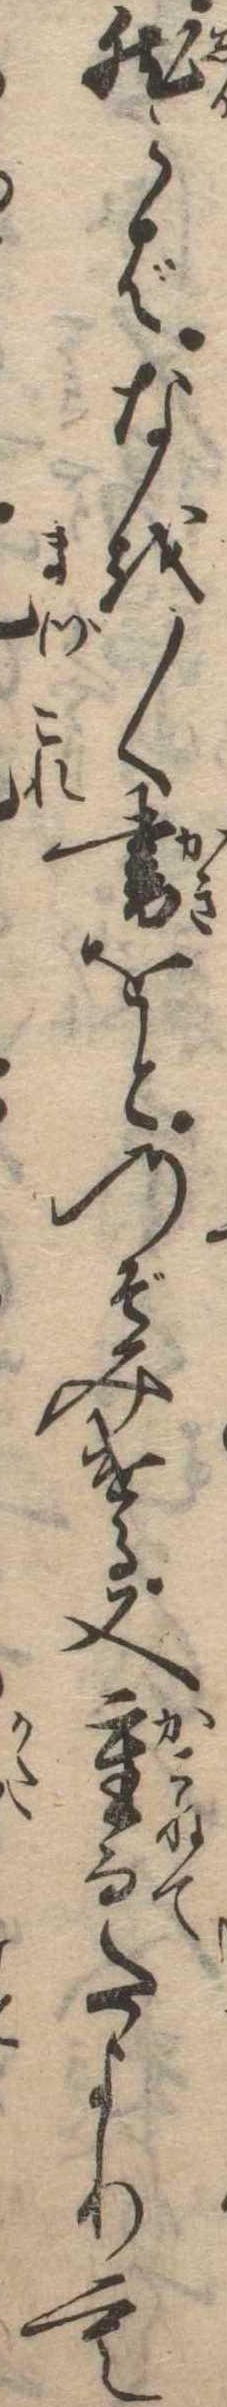
然らばなを〱書をとのぞみける又重而たよりも